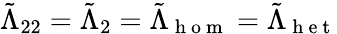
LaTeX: \tilde{\Lambda}_{22}=\tilde{\Lambda}_{2}=\tilde{\Lambda}_{\mathrm{~h~o~m~}}=\tilde{\Lambda}_{\mathrm{~h~e~t~}}